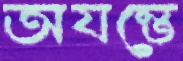
অযন্তে